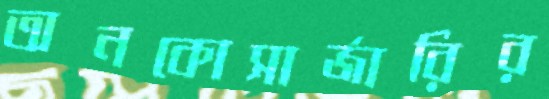
অনকোসার্জারির